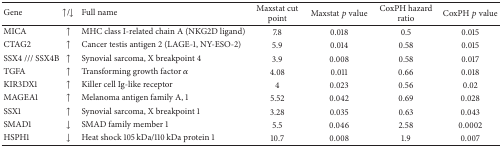
<table><thead><tr><td><b>Gene</b></td><td><b>↑/↓</b></td><td><b>Full name</b></td><td><b>Maxstat cut point</b></td><td><b>Maxstat <i>p</i> value</b></td><td><b>CoxPH hazard ratio</b></td><td><b>CoxPH <i>p</i> value</b></td></tr></thead><tbody><tr><td>MICA </td><td>↑</td><td>MHC class I-related chain A (NKG2D ligand)</td><td>7.8</td><td>0.018</td><td>0.5</td><td>0.015</td></tr><tr><td>CTAG2</td><td>↑</td><td>Cancer testis antigen 2 (LAGE-1, NY-ESO-2)</td><td>5.9</td><td>0.014</td><td>0.58</td><td>0.015</td></tr><tr><td>SSX4 /// SSX4B</td><td>↑</td><td>Synovial sarcoma, X breakpoint 4</td><td>3.9</td><td>0.008</td><td>0.58</td><td>0.017</td></tr><tr><td>TGFA </td><td>↑</td><td>Transforming growth factor <i>α</i></td><td>4.08</td><td>0.011</td><td>0.66</td><td>0.018</td></tr><tr><td>KIR3DX1 </td><td>↑</td><td>Killer cell Ig-like receptor</td><td>4</td><td>0.023</td><td>0.56</td><td>0.02</td></tr><tr><td>MAGEA1 </td><td>↑</td><td>Melanoma antigen family A, 1</td><td>5.52</td><td>0.042</td><td>0.69</td><td>0.028</td></tr><tr><td>SSX1 </td><td>↑</td><td>Synovial sarcoma, X breakpoint 1</td><td>3.28</td><td>0.035</td><td>0.63</td><td>0.043</td></tr><tr><td>SMAD1</td><td>↓</td><td>SMAD family member 1</td><td>5.5</td><td>0.046</td><td>2.58</td><td>0.0002</td></tr><tr><td>HSPH1</td><td>↓</td><td>Heat shock 105 kDa/110 kDa protein 1</td><td>10.7</td><td>0.008</td><td>1.9</td><td>0.007</td></tr></tbody></table>